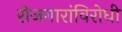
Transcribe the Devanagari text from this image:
रोजगारांविरोधी